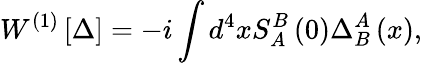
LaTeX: W^{\left(1\right)}\left[\Delta\right]=-i\int d^{4}xS_{A}^{B}\left(0\right)\Delta_{B}^{A}\left(x\right),